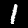
Digit: 1